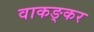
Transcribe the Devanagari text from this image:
वाकङ्कर